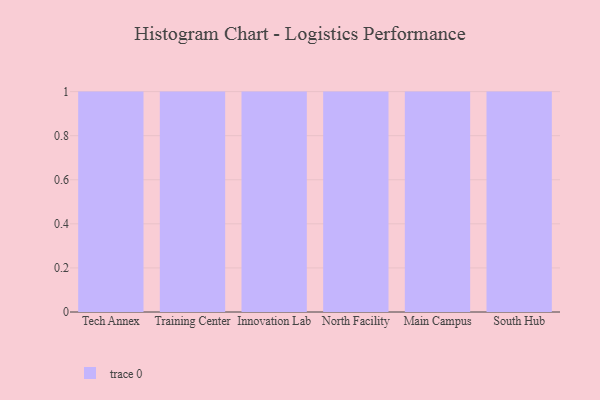
{"axis": {"x": "Campus", "y": "Gross Profit (USD K)"}, "legend": [""], "data": [{"x": "Tech Annex", "y": 18, "type": ""}, {"x": "Training Center", "y": 14, "type": ""}, {"x": "Innovation Lab", "y": 79, "type": ""}, {"x": "North Facility", "y": 19, "type": ""}, {"x": "Main Campus", "y": 54, "type": ""}, {"x": "South Hub", "y": 42, "type": ""}]}